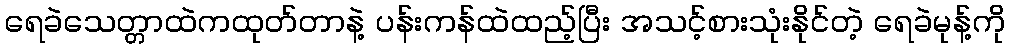
ရေခဲသေတ္တာထဲကထုတ်တာနဲ့ ပန်းကန်ထဲထည့်ပြီး အသင့်စားသုံးနိုင်တဲ့ ရေခဲမုန့်ကို